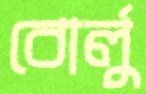
বোর্লু